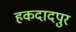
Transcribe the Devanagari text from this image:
हकदादपुर